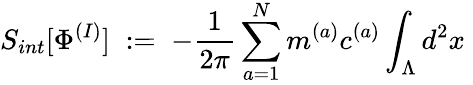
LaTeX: S_{int}[\Phi^{(I)}]\; :=\; -\frac{1}{2\pi}\sum_{a=1}^{N}m^{(a)}c^{(a)}\int_{\Lambda}d^{2}x\;